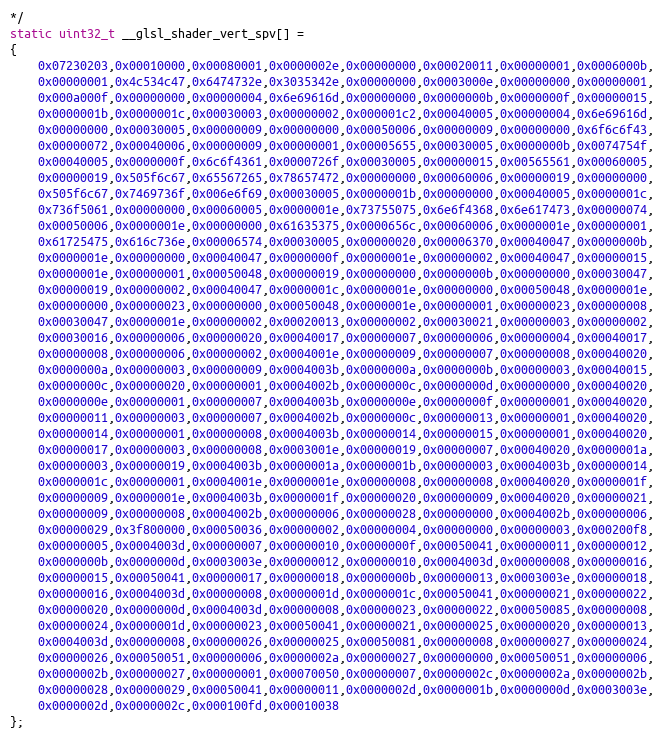
Language: C++
*/
static uint32_t __glsl_shader_vert_spv[] =
{
    0x07230203,0x00010000,0x00080001,0x0000002e,0x00000000,0x00020011,0x00000001,0x0006000b,
    0x00000001,0x4c534c47,0x6474732e,0x3035342e,0x00000000,0x0003000e,0x00000000,0x00000001,
    0x000a000f,0x00000000,0x00000004,0x6e69616d,0x00000000,0x0000000b,0x0000000f,0x00000015,
    0x0000001b,0x0000001c,0x00030003,0x00000002,0x000001c2,0x00040005,0x00000004,0x6e69616d,
    0x00000000,0x00030005,0x00000009,0x00000000,0x00050006,0x00000009,0x00000000,0x6f6c6f43,
    0x00000072,0x00040006,0x00000009,0x00000001,0x00005655,0x00030005,0x0000000b,0x0074754f,
    0x00040005,0x0000000f,0x6c6f4361,0x0000726f,0x00030005,0x00000015,0x00565561,0x00060005,
    0x00000019,0x505f6c67,0x65567265,0x78657472,0x00000000,0x00060006,0x00000019,0x00000000,
    0x505f6c67,0x7469736f,0x006e6f69,0x00030005,0x0000001b,0x00000000,0x00040005,0x0000001c,
    0x736f5061,0x00000000,0x00060005,0x0000001e,0x73755075,0x6e6f4368,0x6e617473,0x00000074,
    0x00050006,0x0000001e,0x00000000,0x61635375,0x0000656c,0x00060006,0x0000001e,0x00000001,
    0x61725475,0x616c736e,0x00006574,0x00030005,0x00000020,0x00006370,0x00040047,0x0000000b,
    0x0000001e,0x00000000,0x00040047,0x0000000f,0x0000001e,0x00000002,0x00040047,0x00000015,
    0x0000001e,0x00000001,0x00050048,0x00000019,0x00000000,0x0000000b,0x00000000,0x00030047,
    0x00000019,0x00000002,0x00040047,0x0000001c,0x0000001e,0x00000000,0x00050048,0x0000001e,
    0x00000000,0x00000023,0x00000000,0x00050048,0x0000001e,0x00000001,0x00000023,0x00000008,
    0x00030047,0x0000001e,0x00000002,0x00020013,0x00000002,0x00030021,0x00000003,0x00000002,
    0x00030016,0x00000006,0x00000020,0x00040017,0x00000007,0x00000006,0x00000004,0x00040017,
    0x00000008,0x00000006,0x00000002,0x0004001e,0x00000009,0x00000007,0x00000008,0x00040020,
    0x0000000a,0x00000003,0x00000009,0x0004003b,0x0000000a,0x0000000b,0x00000003,0x00040015,
    0x0000000c,0x00000020,0x00000001,0x0004002b,0x0000000c,0x0000000d,0x00000000,0x00040020,
    0x0000000e,0x00000001,0x00000007,0x0004003b,0x0000000e,0x0000000f,0x00000001,0x00040020,
    0x00000011,0x00000003,0x00000007,0x0004002b,0x0000000c,0x00000013,0x00000001,0x00040020,
    0x00000014,0x00000001,0x00000008,0x0004003b,0x00000014,0x00000015,0x00000001,0x00040020,
    0x00000017,0x00000003,0x00000008,0x0003001e,0x00000019,0x00000007,0x00040020,0x0000001a,
    0x00000003,0x00000019,0x0004003b,0x0000001a,0x0000001b,0x00000003,0x0004003b,0x00000014,
    0x0000001c,0x00000001,0x0004001e,0x0000001e,0x00000008,0x00000008,0x00040020,0x0000001f,
    0x00000009,0x0000001e,0x0004003b,0x0000001f,0x00000020,0x00000009,0x00040020,0x00000021,
    0x00000009,0x00000008,0x0004002b,0x00000006,0x00000028,0x00000000,0x0004002b,0x00000006,
    0x00000029,0x3f800000,0x00050036,0x00000002,0x00000004,0x00000000,0x00000003,0x000200f8,
    0x00000005,0x0004003d,0x00000007,0x00000010,0x0000000f,0x00050041,0x00000011,0x00000012,
    0x0000000b,0x0000000d,0x0003003e,0x00000012,0x00000010,0x0004003d,0x00000008,0x00000016,
    0x00000015,0x00050041,0x00000017,0x00000018,0x0000000b,0x00000013,0x0003003e,0x00000018,
    0x00000016,0x0004003d,0x00000008,0x0000001d,0x0000001c,0x00050041,0x00000021,0x00000022,
    0x00000020,0x0000000d,0x0004003d,0x00000008,0x00000023,0x00000022,0x00050085,0x00000008,
    0x00000024,0x0000001d,0x00000023,0x00050041,0x00000021,0x00000025,0x00000020,0x00000013,
    0x0004003d,0x00000008,0x00000026,0x00000025,0x00050081,0x00000008,0x00000027,0x00000024,
    0x00000026,0x00050051,0x00000006,0x0000002a,0x00000027,0x00000000,0x00050051,0x00000006,
    0x0000002b,0x00000027,0x00000001,0x00070050,0x00000007,0x0000002c,0x0000002a,0x0000002b,
    0x00000028,0x00000029,0x00050041,0x00000011,0x0000002d,0x0000001b,0x0000000d,0x0003003e,
    0x0000002d,0x0000002c,0x000100fd,0x00010038
};